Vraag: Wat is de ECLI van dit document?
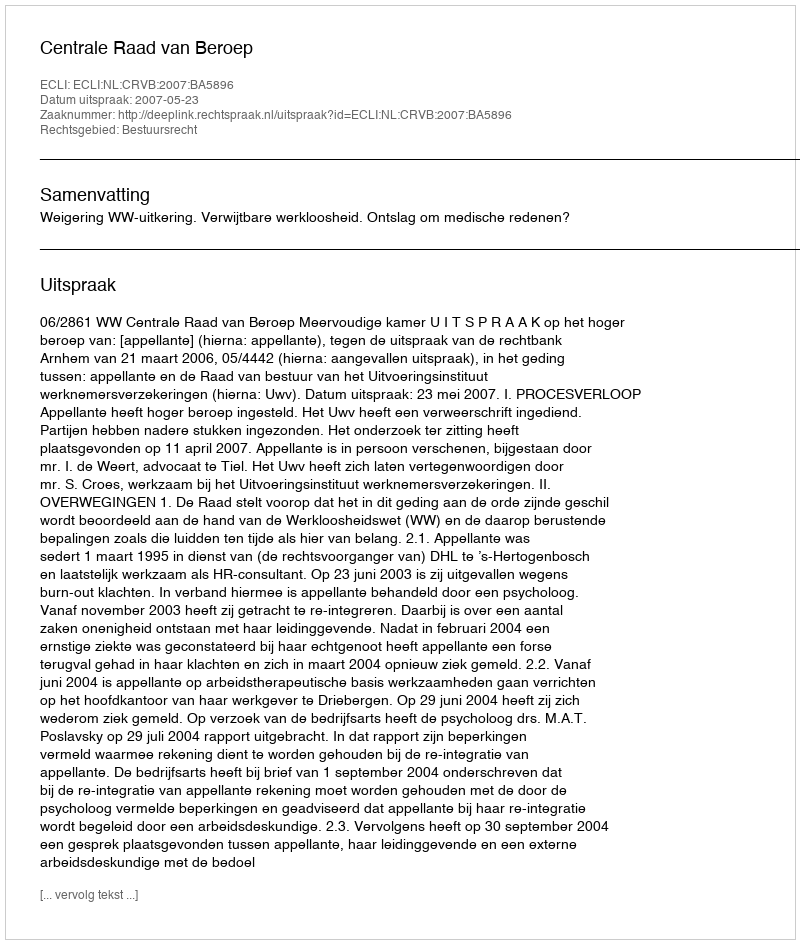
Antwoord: ECLI:NL:CRVB:2007:BA5896